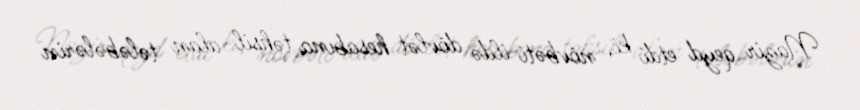
Nazir qeyd etdi ki, növbəti ildə dövlət hesabına təhsil alan tələbələrin